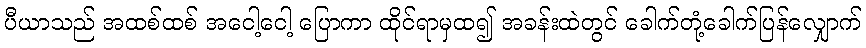
ပီယာသည် အထစ်ထစ် အငေါ့ငေါ့ ပြောကာ ထိုင်ရာမှထ၍ အခန်းထဲတွင် ခေါက်တုံ့ခေါက်ပြန်လျှောက်